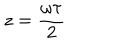
z = { \frac { \omega \tau } { 2 } }